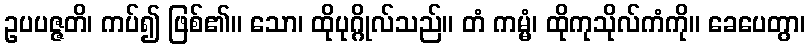
ဥပပဇ္ဇတိ၊ ကပ်၍ ဖြစ်၏။ သော၊ ထိုပုဂ္ဂိုလ်သည်။ တံ ကမ္မံ၊ ထိုကုသိုလ်ကံကို။ ခေပေတွာ၊